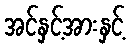
အင်နှင့်အားနှင့်